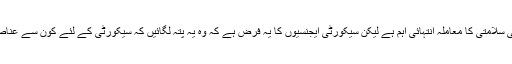
ہر شخص کے لئے قومی سلامتی کا معاملہ انتہائی اہم ہے لیکن سیکورٹی ایجنسیوں کا یہ فرض ہے کہ وہ یہ پتہ لگائیں کہ سیکورٹی کے لئے کون سے عناصر خطرہ بن سکتے ہیں۔